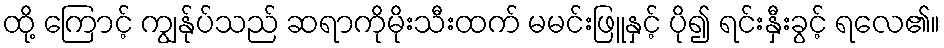
ထို့ ကြောင့် ကျွန်ုပ်သည် ဆရာကိုမိုးသီးထက် မမင်းဖြူနှင့် ပို၍ ရင်းနှီးခွင့် ရလေ၏။